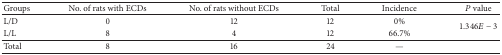
| Groups | No. of rats with ECDs | No. of rats without ECDs | Total | Incidence | P value |
 | --- | --- | --- | --- | --- | --- |
 | L/D | 0 | 12 | 12 | 0% | <ROWSPAN=2> 1.346E − 3 |
 | L/L | 8 | 4 | 12 | 66.7% |
 | Total | 8 | 16 | 24 | — |  |